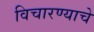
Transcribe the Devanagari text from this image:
विचारण्याचे